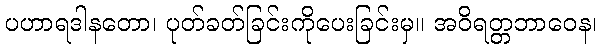
ပဟာရဒါနတော၊ ပုတ်ခတ်ခြင်းကိုပေးခြင်းမှ။ အဝိရတ္တဘာဝေန၊